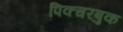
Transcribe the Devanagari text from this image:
पिक्चरबुक